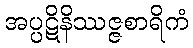
အပ္ပဋိနိဿဇ္ဇစာရိကံ